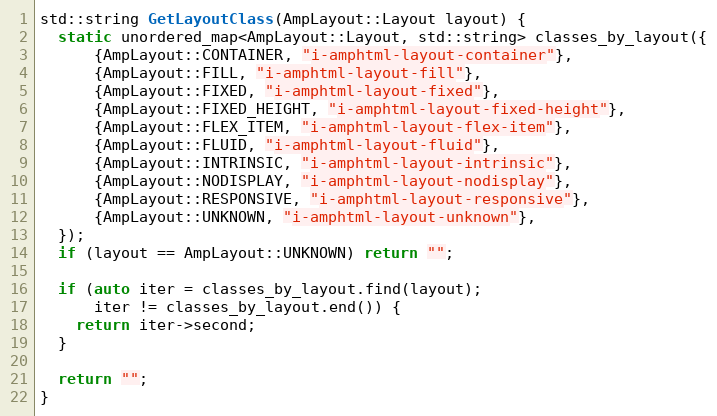
Language: C++
std::string GetLayoutClass(AmpLayout::Layout layout) {
  static unordered_map<AmpLayout::Layout, std::string> classes_by_layout({
      {AmpLayout::CONTAINER, "i-amphtml-layout-container"},
      {AmpLayout::FILL, "i-amphtml-layout-fill"},
      {AmpLayout::FIXED, "i-amphtml-layout-fixed"},
      {AmpLayout::FIXED_HEIGHT, "i-amphtml-layout-fixed-height"},
      {AmpLayout::FLEX_ITEM, "i-amphtml-layout-flex-item"},
      {AmpLayout::FLUID, "i-amphtml-layout-fluid"},
      {AmpLayout::INTRINSIC, "i-amphtml-layout-intrinsic"},
      {AmpLayout::NODISPLAY, "i-amphtml-layout-nodisplay"},
      {AmpLayout::RESPONSIVE, "i-amphtml-layout-responsive"},
      {AmpLayout::UNKNOWN, "i-amphtml-layout-unknown"},
  });
  if (layout == AmpLayout::UNKNOWN) return "";

  if (auto iter = classes_by_layout.find(layout);
      iter != classes_by_layout.end()) {
    return iter->second;
  }

  return "";
}